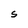
Character: S